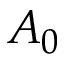
A _ { 0 }